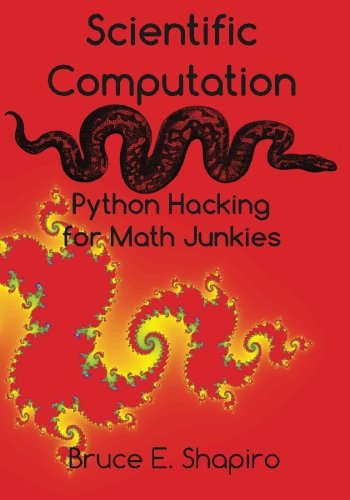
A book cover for Scientific Computation: Python Hacking for Math Junkies; Bruce E Shapiro; Science & Math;